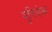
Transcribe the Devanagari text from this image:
मुनियो़का